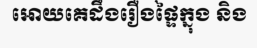
អោយគេដឹងរឿងផ្ទៃក្នុង និង